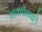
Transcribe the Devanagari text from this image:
आकर्षणवाले